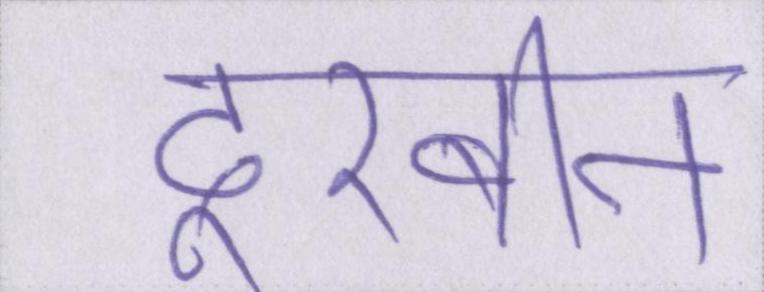
दूरबीन